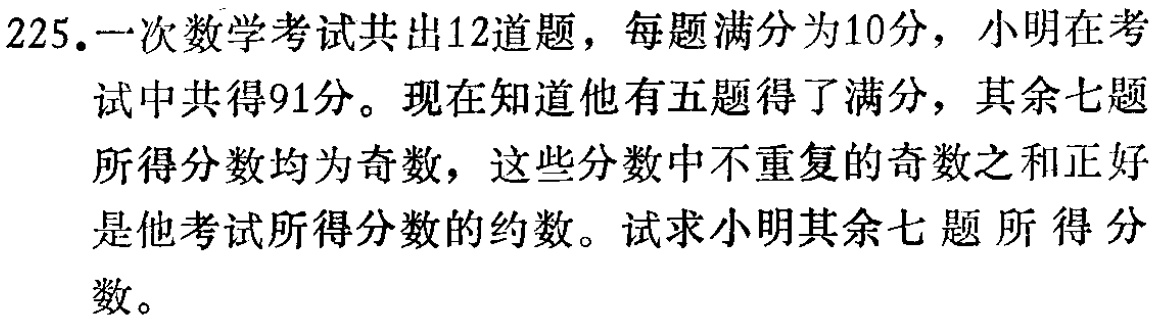
225.一次数学考试共出12道题，每题满分为10分，小明在考试中共得91分。现在知道他有五题得了满分，其余七题所得分数均为奇数，这些分数中不重复的奇数之和正好是他考试所得分数的约数。试求小明其余七题所得分数。